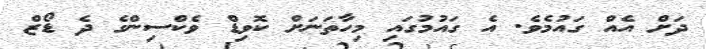
ދަށް އެއް ގައުމެވެ. އެ ގައުމުގައި މިހާތަނަށް ކޮވިޑް ވެކްސިންގެ ދެ ޑޯޒް